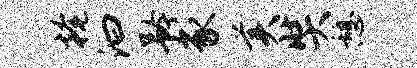
掩汩矜豕美奘憩